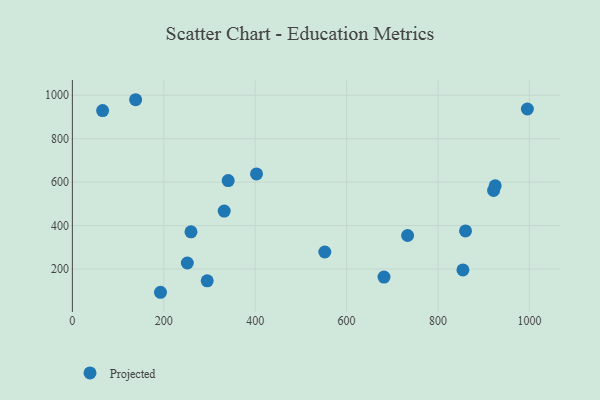
{"axis": {"x": "Engine Size", "y": "Salary"}, "legend": ["Projected"], "data": [{"x": "854.5", "y": 195.7, "type": "Projected"}, {"x": "340.9", "y": 607.0, "type": "Projected"}, {"x": "552.3", "y": 278.3, "type": "Projected"}, {"x": "995.5", "y": 936.8, "type": "Projected"}, {"x": "259.5", "y": 371.0, "type": "Projected"}, {"x": "921.6", "y": 561.6, "type": "Projected"}, {"x": "251.5", "y": 227.7, "type": "Projected"}, {"x": "138.4", "y": 979.4, "type": "Projected"}, {"x": "66.2", "y": 929.3, "type": "Projected"}, {"x": "192.8", "y": 92.9, "type": "Projected"}, {"x": "295.0", "y": 145.8, "type": "Projected"}, {"x": "402.9", "y": 637.9, "type": "Projected"}, {"x": "925.1", "y": 582.9, "type": "Projected"}, {"x": "860.2", "y": 375.4, "type": "Projected"}, {"x": "681.8", "y": 162.8, "type": "Projected"}, {"x": "733.5", "y": 354.2, "type": "Projected"}, {"x": "332.2", "y": 466.6, "type": "Projected"}]}